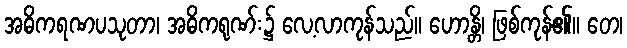
အဓိကရဏပသုတာ၊ အဓိကရုဏ်း၌ လေ့လာကုန်သည်။ ဟောန္တိ၊ ဖြစ်ကုန်၏။ တေ၊